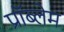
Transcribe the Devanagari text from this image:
प्राॅब्लेम